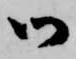
御